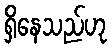
ရှိနေသည်ဟု